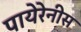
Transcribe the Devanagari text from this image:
पायेरेनीस